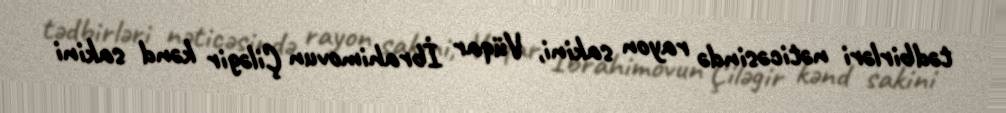
tədbirləri nəticəsində rayon sakini, Vüqar İbrahimovun Çiləgir kənd sakini